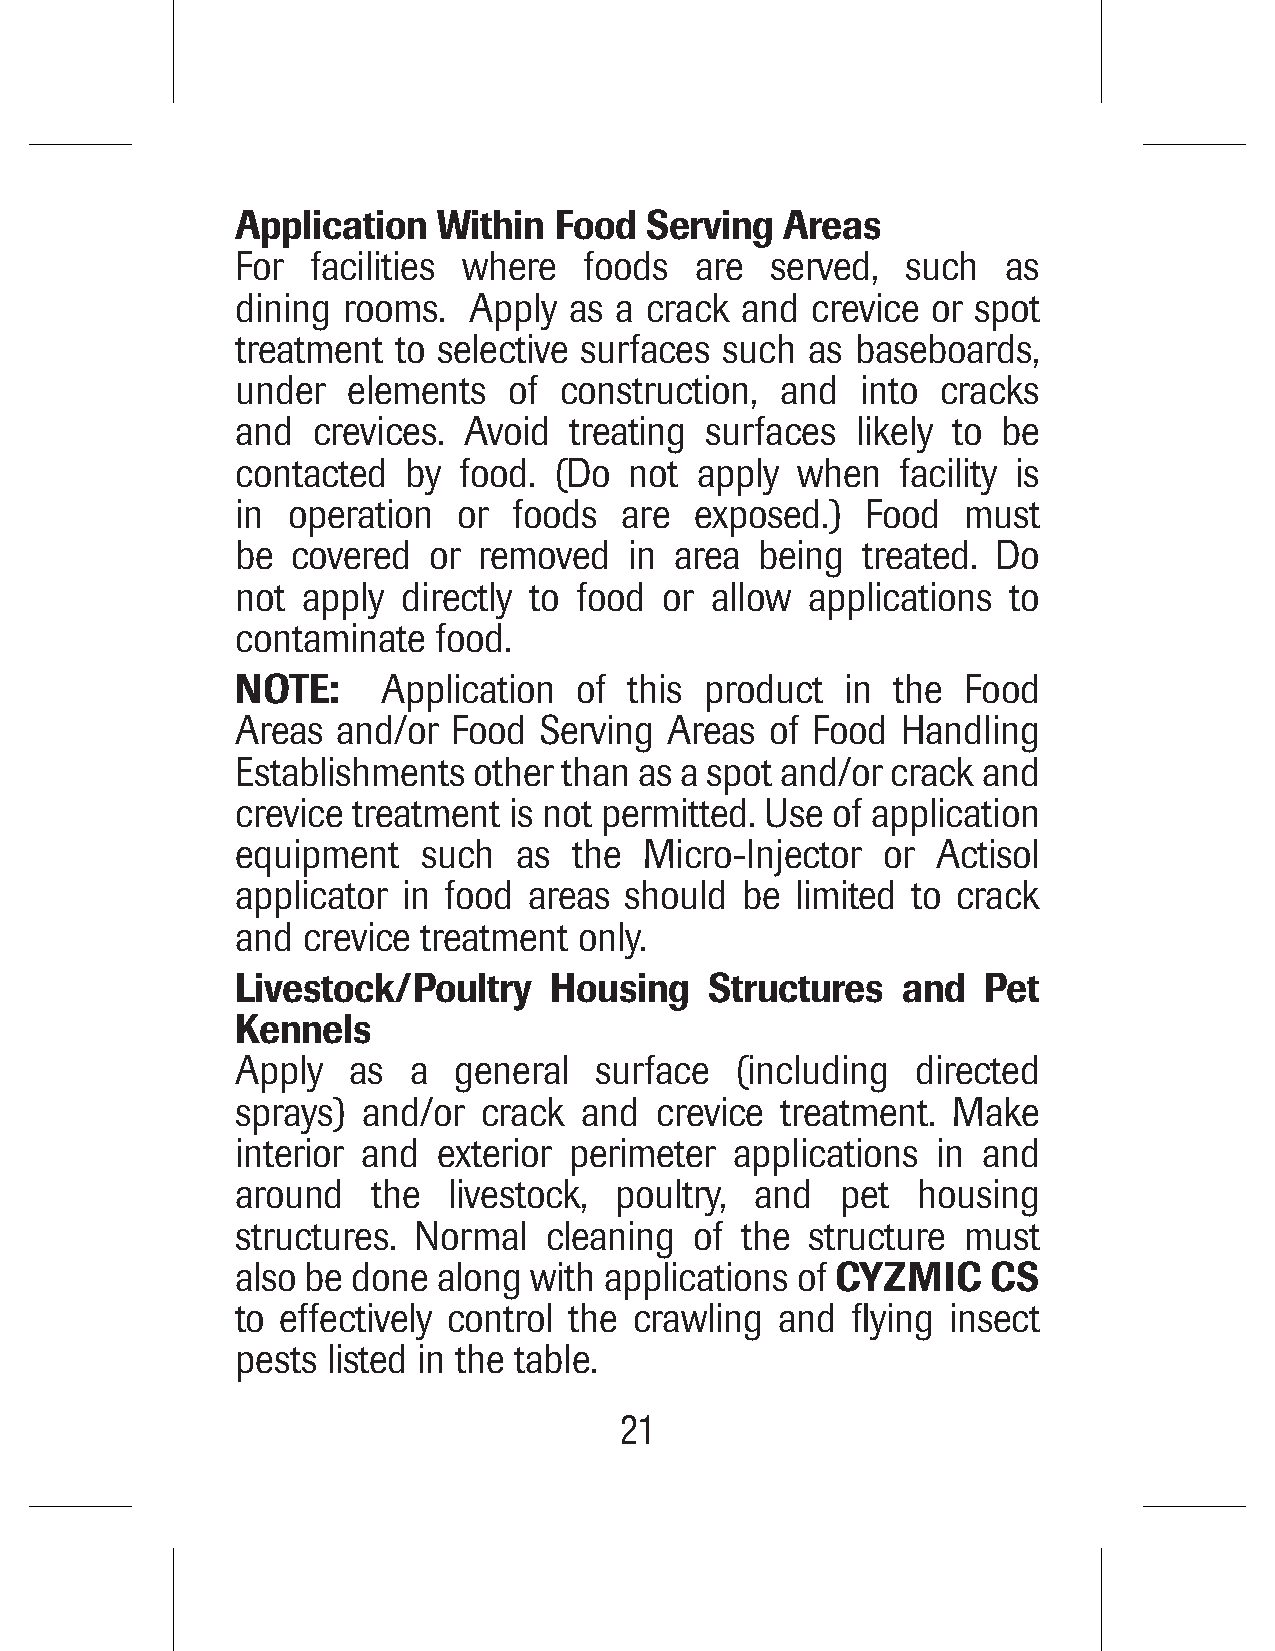
Application  Within  Food  Serving  Areas
 For  facilities where  foods  are  served,  such   as
 dining rooms.  Apply  as a crack and  crevice or spot
 treatment to selective surfaces such  as baseboards,
 under  elements   of construction,  and  into cracks
 and  crevices. Avoid  treating surfaces  likely to be
 contacted  by food.  (Do  not apply  when   facility is
 in operation  or  foods  are  exposed.)  Food   must
 be covered  or  removed   in area being  treated. Do
 not apply  directly to food or allow applications  to
 contaminate  food.
 NOTE:    Application  of  this product  in the  Food
 Areas and/or  Food  Serving Areas  of Food  Handling
 Establishments other than as a spot and/or crack and
 crevice treatment is not permitted. Use of application
 equipment   such  as  the  Micro-Injector or  Actisol
 applicator in food areas should  be  limited to crack
 and crevice treatment only.
 Livestock/Poultry   Housing    Structures   and  Pet
 Kennels
 Apply  as  a  general  surface   (including  directed
 sprays) and/or  crack and  crevice  treatment. Make
 interior and exterior perimeter  applications in and
 around   the  livestock, poultry, and   pet  housing
 structures. Normal  cleaning  of the  structure must
 also be done along with applications of CYZMIC    CS
 to effectively control the crawling and flying insect
 pests listed in the table.
 21